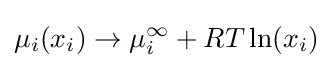
\mu _{i}(x_{i})\rightarrow \mu _{i}^{\infty }+RT\ln(x_{i})